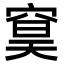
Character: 䆨